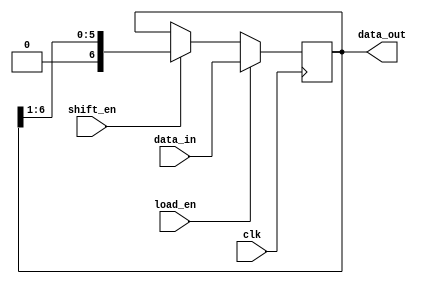
module shift_right_register(
    input clk,
    input load_en,
    input shift_en,
    input [N-1:0] data_in,
    output reg [N-1:0] data_out
);

parameter N = 7;



always @(posedge clk) begin
    if (load_en) begin
        data_out <= data_in;
    end else if (shift_en) begin
        data_out <= {1'b0, data_out[N-1:1]};
    end
end

endmodule